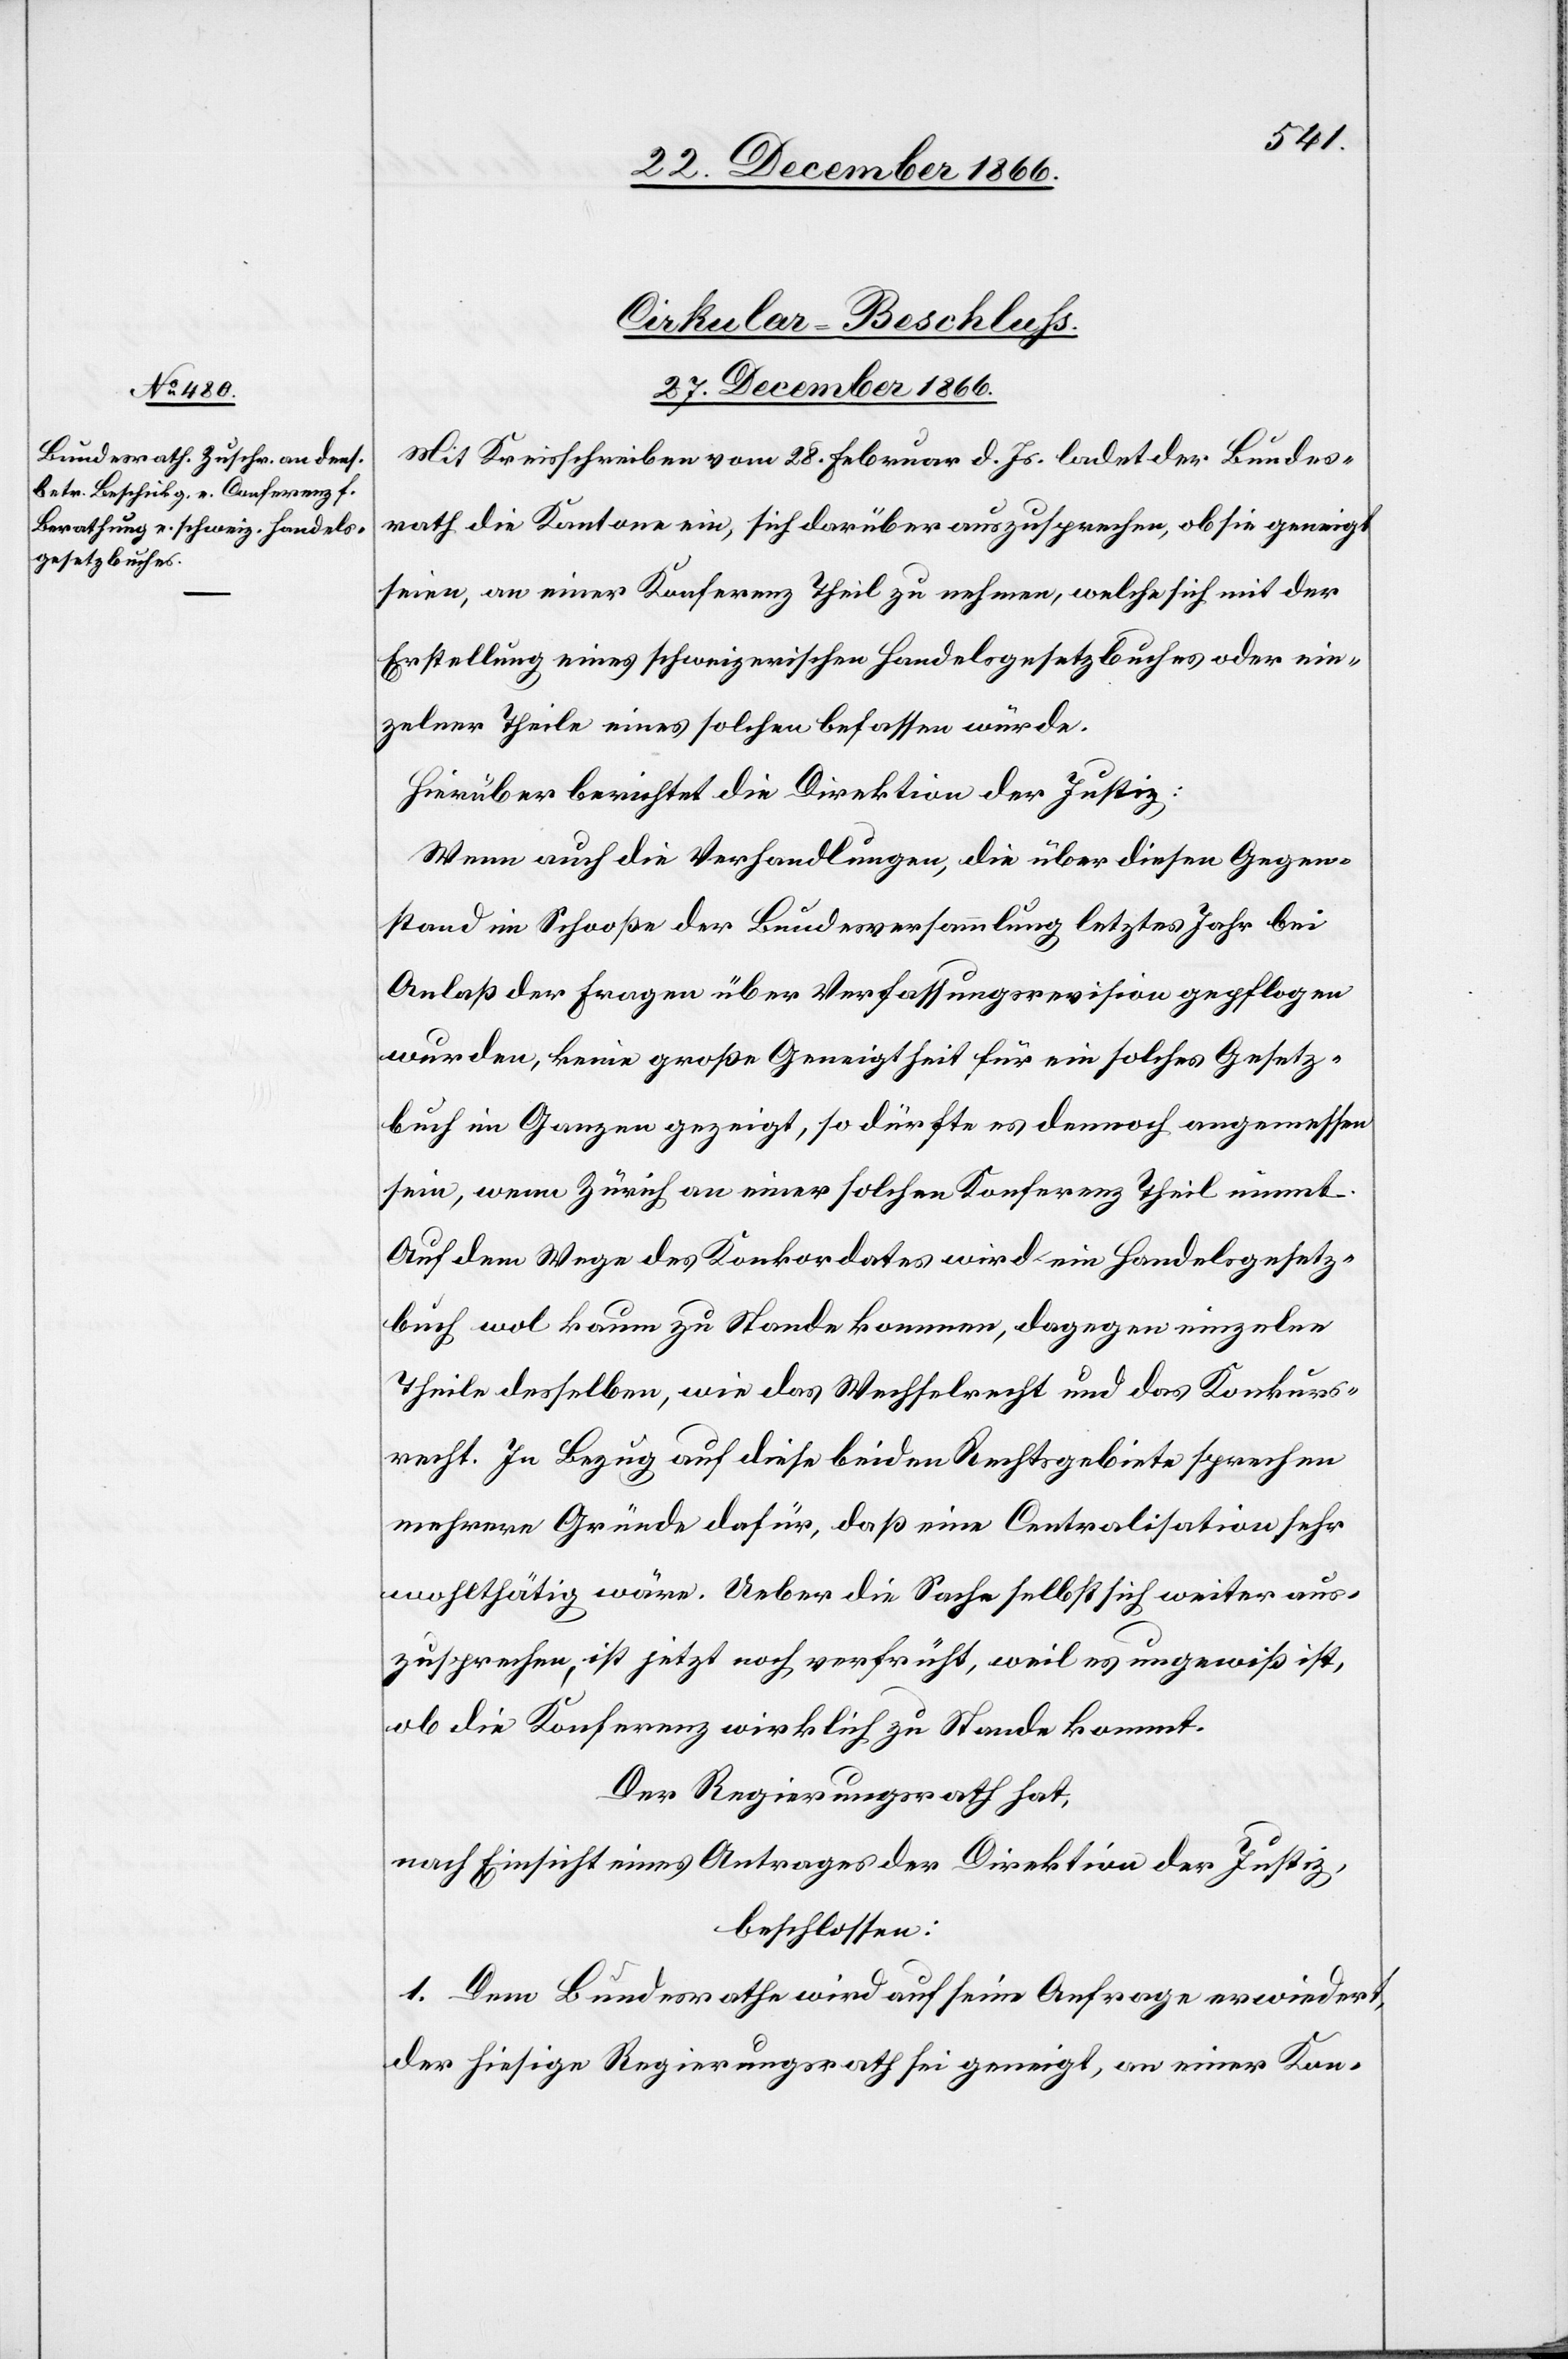
Cirkular-Beschluß.
27. December 1866.
Mit Kreisschreiben vom 28. Februar d. Js. ladet der Bundes¬
rath die Kantone ein, sich darüber auszusprechen, ob sie geneigt
seien, an einer Konferenz Theil zu nehmen, welche sich mit der
Erstellung eines schweizerischen Handelsgesetzbuches oder ein¬
zelner Theile eines solchen befassen würde.
Hierüber berichtet die Direktion der Justiz:
Wenn auch die Verhandlungen, die über diesen Gegen¬
stand im Schooße der Bundesversammlung letztes Jahr bei
Anlaß der Fragen über Verfassungsrevision gepflogen
wurden, keine große Geneigtheit für ein solches Gesetz¬
buch im Ganzen gezeigt, so dürfte es dennoch angemessen
sein, wenn Zürich an einer solchen Konferenz Theil nimmt.
Auf dem Wege des Konkordates wird ein Handelsgesetz¬
buch wol kaum zu Stande kommen, dagegen einzelne
Theile desselben, wie das Wechselrecht und das Konkurs¬
recht. In Bezug auf diese beiden Rechtsgebiete sprechen
mehrere Gründe dafür, daß eine Centralisation sehr
wohlthätig wäre. Ueber die Sache selbst sich weiter aus¬
zusprechen, ist jetzt noch verfrüht, weil es ungewiß ist,
ob die Konferenz wirklich zu Stande kommt.
Der Regierungsrath hat,
nach Einsicht eines Antrages der Direktion der Justiz,
beschlossen:
1. Dem Bundesrathe wird auf seine Anfrage erwiedert,
der hiesige Regierungsrath sei geneigt, an einer Kon-